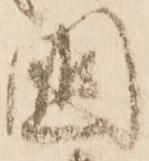
國